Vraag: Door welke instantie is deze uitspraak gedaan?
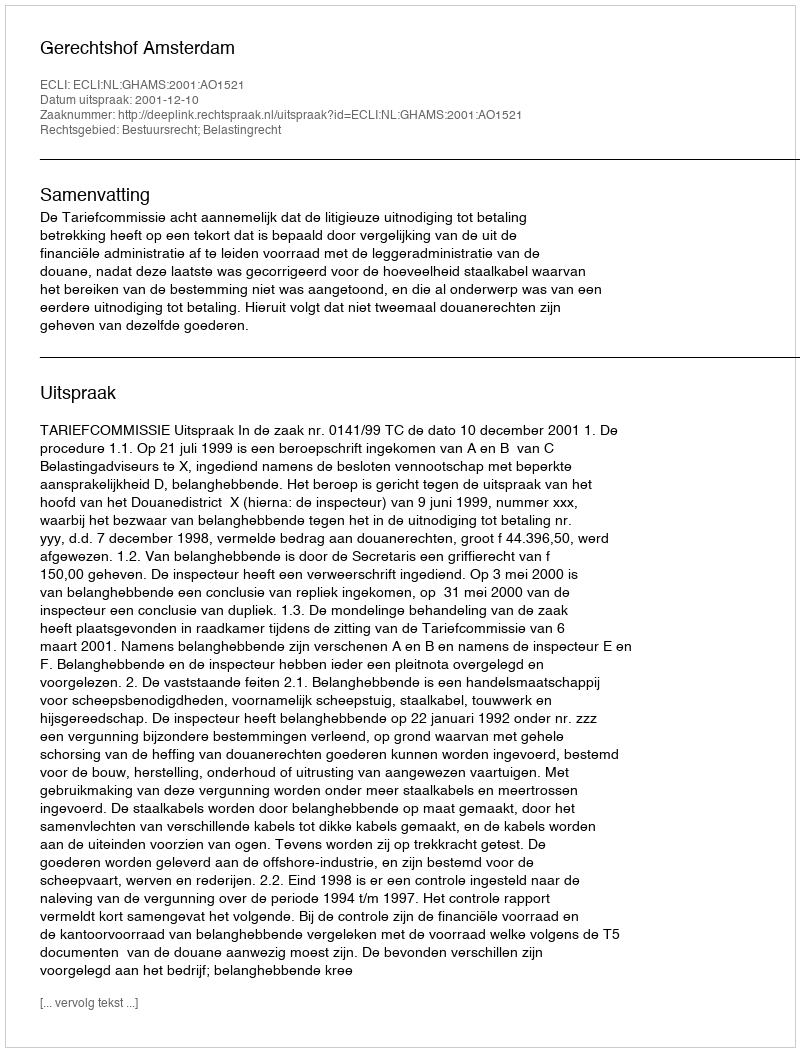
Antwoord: Gerechtshof Amsterdam